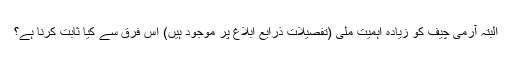
البتہ آرمی چیف کو زیادہ اہمیت ملی (تفصیلات ذرایع ابلاغ پر موجود ہیں) اس فرق سے کیا ثابت کرنا ہے؟